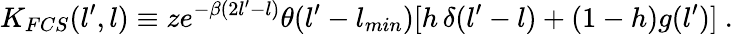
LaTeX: K_{FCS}(l^{\prime},l)\equiv ze^{-\beta(2l^{\prime}-l)}\theta(l^{\prime}-l_{min})[h\, \delta(l^{\prime}-l)+(1-h)g(l^{\prime})]\ .